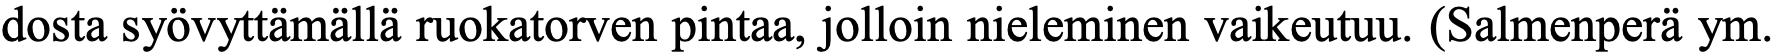
dosta syövyttämällä ruokatorven pintaa, jolloin nieleminen vaikeutuu. (Salmenperä ym.